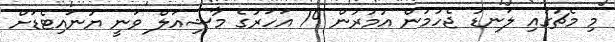
މި މެޗުގައި ލަނޑު ޖެހުމުން އުމުރުން 19 އަހަރުގެ މާޝިއަލް ވަނީ ޔުނައިޓެޑަށް